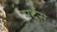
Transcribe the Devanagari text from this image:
मर्देस